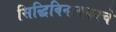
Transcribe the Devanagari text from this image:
सिद्धिविनायकाचे